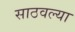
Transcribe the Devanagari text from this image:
साठवल्या